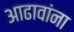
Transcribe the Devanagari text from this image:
आढावांना